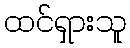
ထင်ရှားသူ